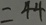
= 4 4